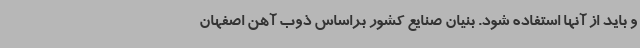
و باید از آنها استفاده شود. بنیان صنایع کشور براساس ذوب آهن اصفهان